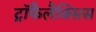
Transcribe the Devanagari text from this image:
ट्रॉफैलैक्सिस